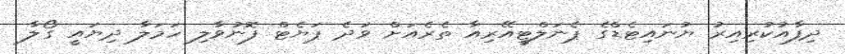
ދިފާއުކުރިއިރު ޔުނައިޓެޑްގެ ޕެނަލްޓީއޭރިއާ ތެރެއަށް ވަދެ ޕަޔެޓް ފޮނުވާލި ހަމަލާ ދިޔައީ ގޯލާ